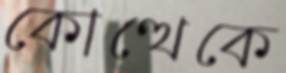
কোত্থেকে